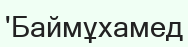
'Баймұхамед